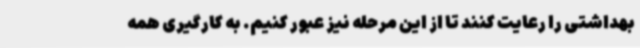
بهداشتی را رعایت کنند تا از این مرحله نیز عبور کنیم. به کارگیری همه